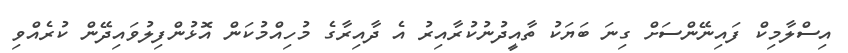
އިސްލާމިކް ފައިނޭންސަށް ގިނަ ބަޔަކު ތާއީދުނުކުރާއިރު އެ ދާއިރާގެ މުހިއްމުކަން އޮޅުންފިލުވައިދޭން ކުރެއްވި